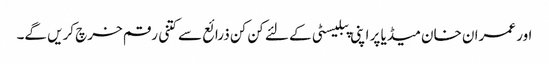
اور عمران خان میڈیا پر اپنی پبلیسٹی کے لئے کن کن ذرائع سے کتنی رقم خرچ کریں گے۔